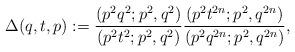
LaTeX: \begin{align*}\Delta(q, t, p) := \frac{(p^2 q^2; p^2, q^{2})}{(p^2 t^2; p^2, q^{2})} \frac{(p^2 t^{2n}; p^2, q^{2n})}{(p^2 q^{2n}; p^2, q^{2n})},\end{align*}